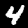
Label: 4